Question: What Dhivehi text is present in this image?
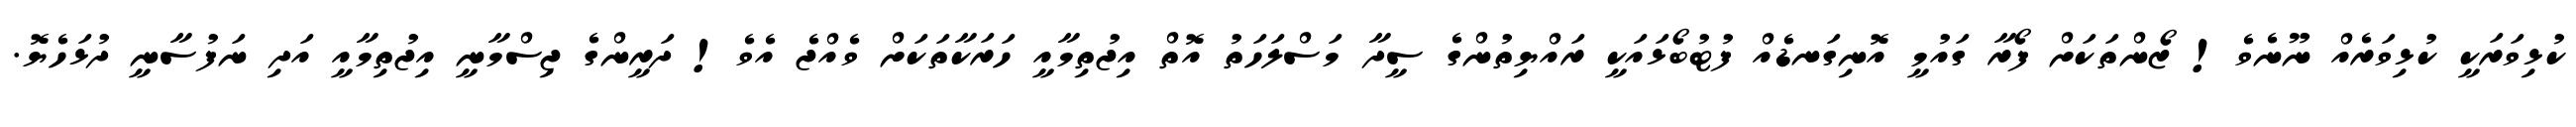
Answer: ކުޅިވަރަކީ ކުޅިވަރެއް ނޫނެވެ! ޒޯންތަކަށް ފޯރާ ގައުމީ އޮނިގަނޑެއް ފުޓުބޯޅައަކީ ރައްޔިތުންގެ ސީދާ މަސްލަހަތު އޮތް އިޖުތިމާއީ ހަރަކާތަކަށް ވެއްޖެ އެވެ! ދަރީންގެ ޖިސްމާނީ އިޖުތިމާއީ އަދި ނަފުސާނީ ދުޅަހެޔޮ.